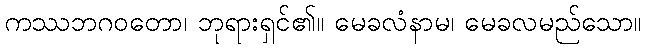
ကဿဘဂဝတော၊ ဘုရားရှင်၏။ မေခလံနာမ၊ မေခလမည်သော။